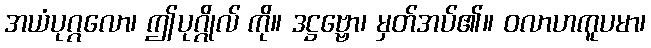
အယံပုဂ္ဂလော၊ ဤပုဂ္ဂိုလ် ကို။ ဒဋ္ဌဗ္ဗော၊ မှတ်အပ်၏။ ဝလာဟကူပမာ၊